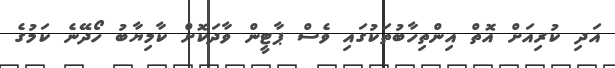
އަދި ކުރިއަށް އޮތް އިންތިހާބުތަކުގައި ވެސް ޕާޓީން ވާދަކޮށް ކާމިޔާބު ހޯދޭނެ ކަމުގެ